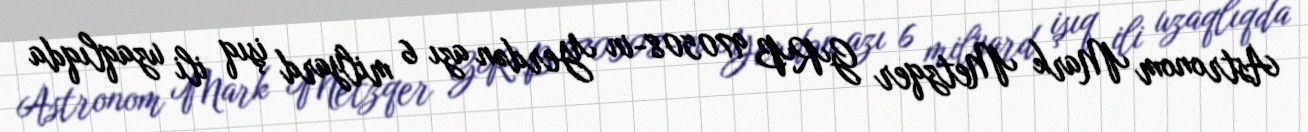
Astronom Mark Metzqer GRB 970508-in Yerdən azı 6 milyard işıq ili uzaqlıqda